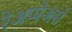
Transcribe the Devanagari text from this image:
रेअप्पेअर्स